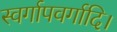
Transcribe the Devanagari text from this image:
स्वर्गापवर्गादि।